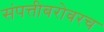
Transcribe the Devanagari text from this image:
संपत्तीबरोबरच